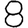
Digit: 8